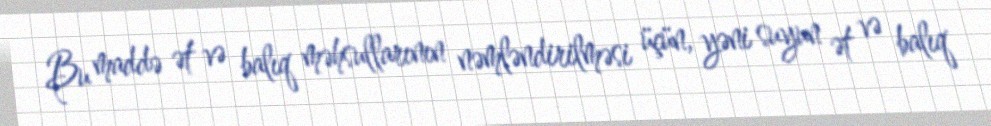
Bu maddə ət və balıq məhsullarının nəmləndirilməsi üçün, yəni suyun ət və balıq